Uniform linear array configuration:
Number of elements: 16
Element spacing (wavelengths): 0.75
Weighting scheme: kaiser
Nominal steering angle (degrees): -15
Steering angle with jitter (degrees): -13.157
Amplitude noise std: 0.05
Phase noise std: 0.05

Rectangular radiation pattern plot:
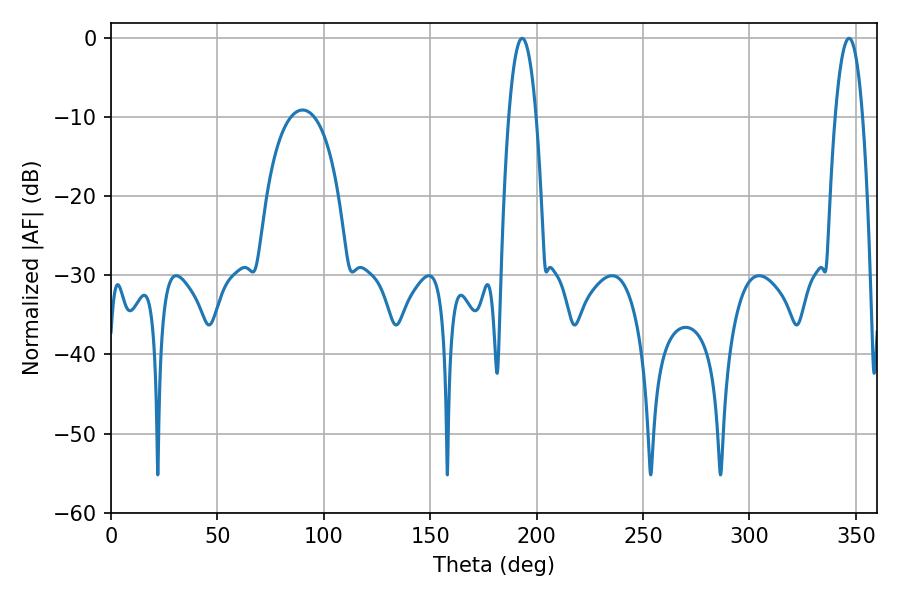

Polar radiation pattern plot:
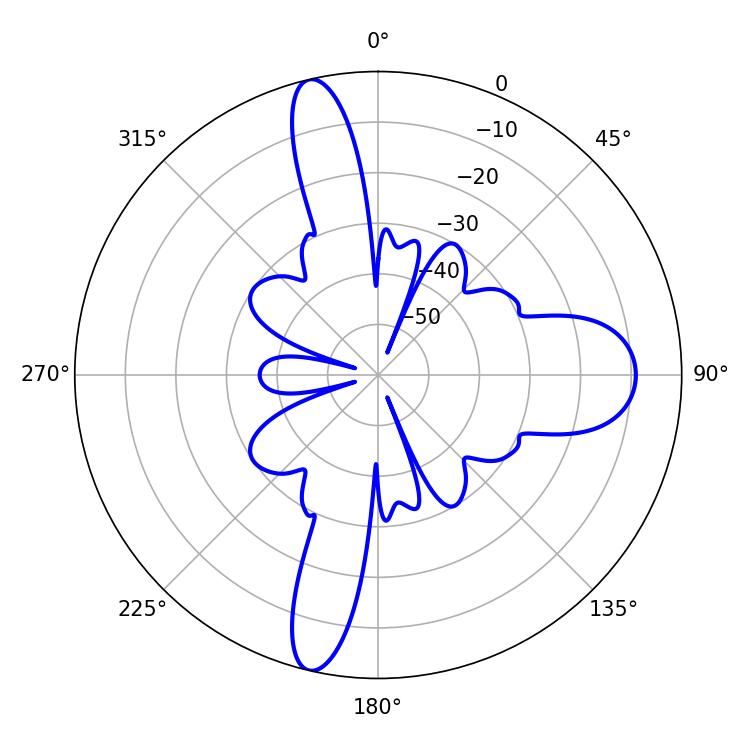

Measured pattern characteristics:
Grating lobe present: TRUE
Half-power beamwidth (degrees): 7.02
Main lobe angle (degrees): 193.14